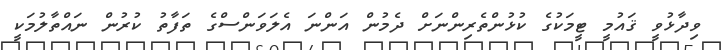
ވިދާޅުވީ ޤައުމީ ޓީމަކުގެ ކުޅުންތެރިންނަށް ދެމުން އަންނަ އެލަވަންސްގެ ތަފާތު ކުރުން ނައްތާލުމަކީ